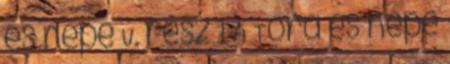
és népe V. rész 1 A Tóra és népe